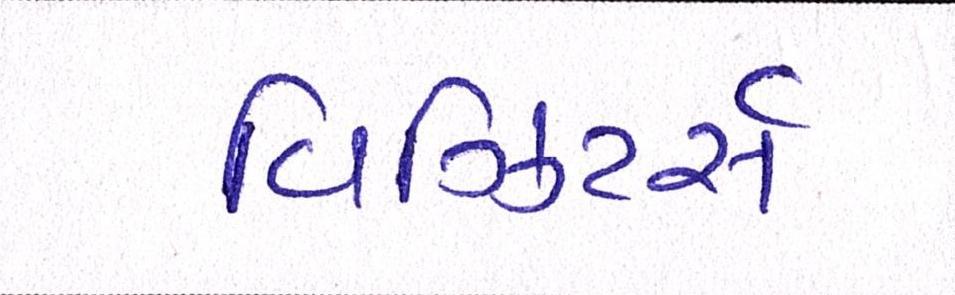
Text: વિઝિટર્સ